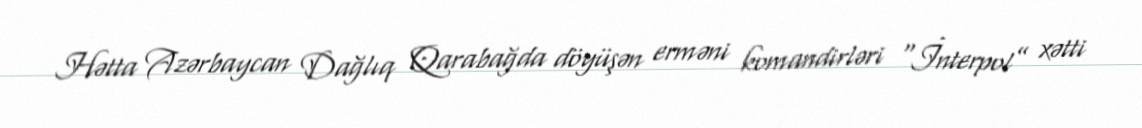
Hətta Azərbaycan Dağlıq Qarabağda döyüşən erməni komandirləri “İnterpol” xətti